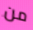
من